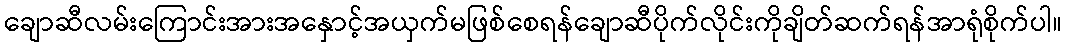
ချောဆီလမ်းကြောင်းအားအနှောင့်အယှက်မဖြစ်စေရန်ချောဆီပိုက်လိုင်းကိုချိတ်ဆက်ရန်အာရုံစိုက်ပါ။